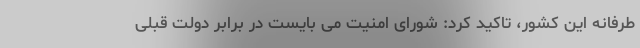
طرفانه این کشور، تاکید کرد: شورای امنیت می بایست در برابر دولت قبلی